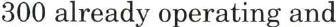
300 already operating and